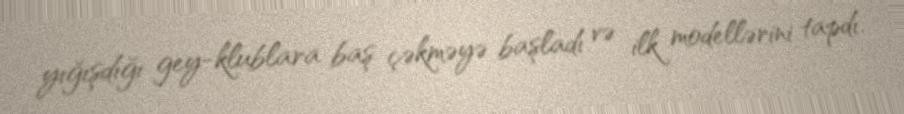
yığışdığı gey-klublara baş çəkməyə başladı və ilk modellərini tapdı.